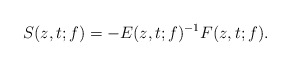
\begin{align*}S(z,t;f)=-E(z,t;f)^{-1}F(z,t;f).\end{align*}